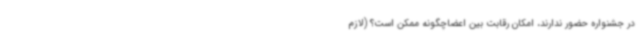
در جشنواره حضور ندارند، امکان رقابت بین اعضاچگونه ممکن است؟ (لازم